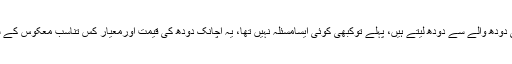
برسوں سے اسی دودھ والے سے دودھ لیتے ہیں، پہلے توکبھی کوئی ایسامسئلہ نہیں تھا، یہ اچانک دودھ کی قیمت اورمعیار کس تناسب معکوس کے ساتھ بگڑگئے” ۔